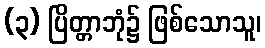
(၃) ပြိတ္တာဘုံ၌ ဖြစ်သောသူ၊